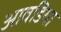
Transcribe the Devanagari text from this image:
आवडिया